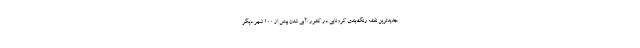
جدیدترین نقشه رنگ‌بندی کرونایی در کشور/آبی شدن بیش از ۱۰۰ شهر دیگر